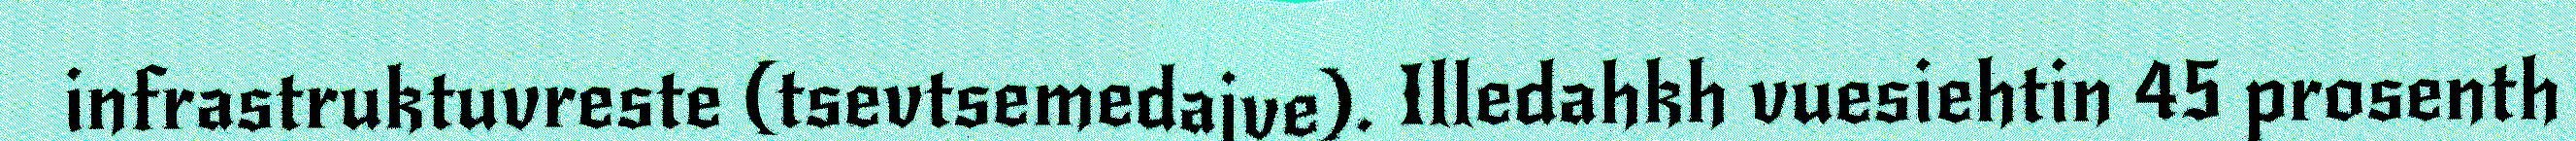
infrastruktuvreste (tsevtsemedajve). Illedahkh vuesiehtin 45 prosenth